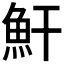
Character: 𩵟